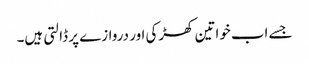
جسے اب خواتین کھڑکی اور دروازے پر ڈالتی ہیں۔